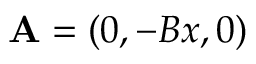
\mathbf { A } = ( 0 , - B x , 0 )